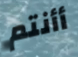
أأنتم